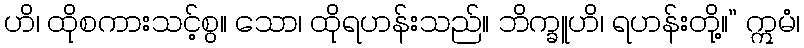
ဟိ၊ ထိုစကားသင့်စွ။ သော၊ ထိုရဟန်းသည်။ ဘိက္ခူဟိ၊ ရဟန်းတို့။” ဣမံ၊